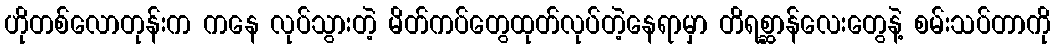
ဟိုတစ်လောတုန်းက ကနေ လုပ်သွားတဲ့ မိတ်ကပ်တွေထုတ်လုပ်တဲ့နေရာမှာ တိရစ္ဆာန်လေးတွေနဲ့ စမ်းသပ်တာကို